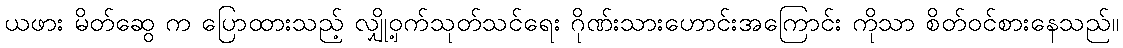
ယဖား မိတ်ဆွေ က ပြောထားသည့် လျှို့ဝှက်သုတ်သင်ရေး ဂိုဏ်းသားဟောင်းအကြောင်း ကိုသာ စိတ်ဝင်စားနေသည်။